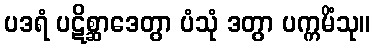
ပဒရံ ပဋိစ္ဆာဒေတွာ ပံသုံ ဒတွာ ပက္ကမိံသု။